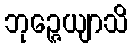
ဘုဉ္ဇေယျာသိ